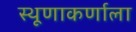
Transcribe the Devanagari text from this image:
स्थूणाकर्णाला